Source: Handwritten
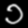
Digit: ၁ (1)